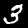
Digit: 3